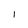
Character: l